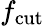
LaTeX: f_{\mathrm{cut}}